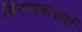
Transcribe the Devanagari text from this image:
विराघवाचार्या